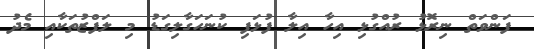
ފަންވަތް ނިރޮޅު ރުއްގުޅި އިހާ އިލާ ފުޅަފި ކުނަހަގާލިގަޑު މި ލަފްޒުތަކާއި މެދު